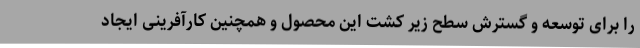
را برای توسعه و گسترش سطح زیر کشت این محصول و همچنین کارآفرینی ایجاد